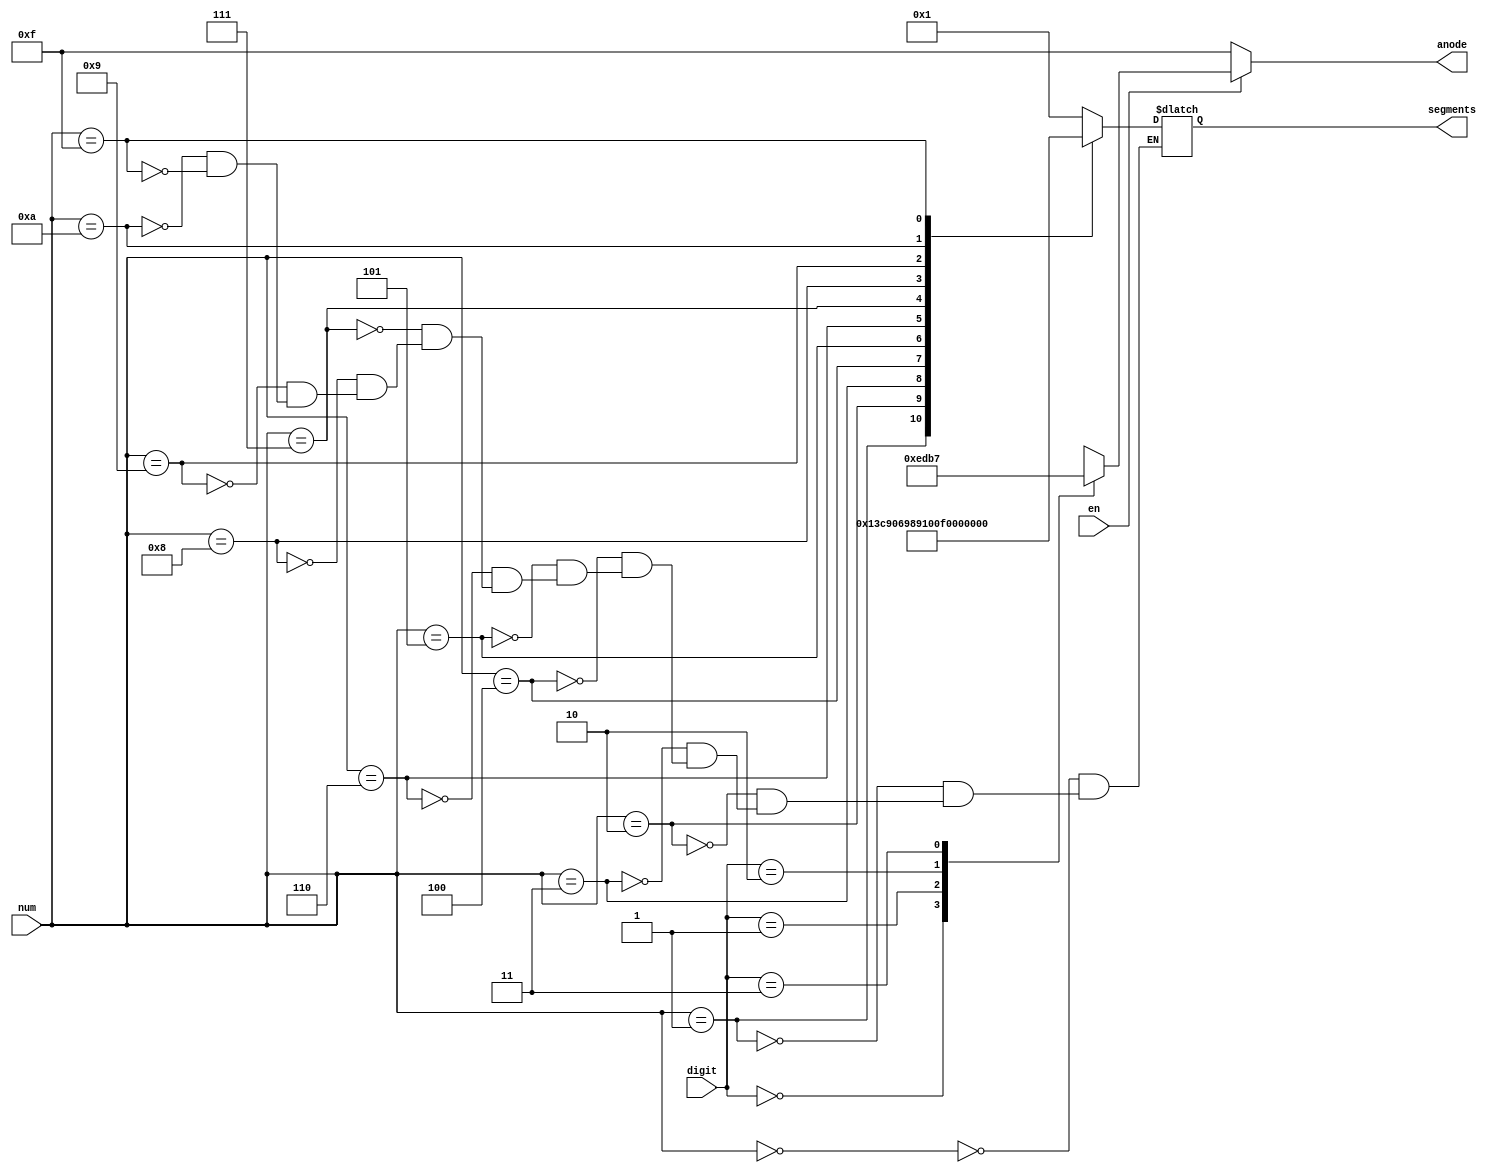
`timescale 1ns / 1ps

module SevenSegDecWithEn( en,num,digit, segments, anode);
input en;
input [3:0] num;
input [1:0] digit;
output reg [6:0] segments;
output reg [3:0] anode;
always @ (*) begin

if (en) begin
    case(digit)
        2'b00: anode = 4'b1110;
        2'b01: anode = 4'b1101;
        2'b10: anode = 4'b1011;
        2'b11: anode = 4'b0111;
    endcase

end else begin
    anode = 4'b1111;
end

case(num)
    4'b0000: segments = 7'b0000001;
    4'b0001: segments = 7'b1001111;
    4'b0010: segments = 7'b0010010;
    4'b0011: segments = 7'b0000110; 
    4'b0100: segments = 7'b1001100; 
    4'b0101: segments = 7'b0100100;
    4'b0110: segments = 7'b0100000;  
    4'b0111: segments = 7'b0001111; 
    4'b1000: segments = 7'b0000000; 
    4'b1001: segments = 7'b0000100;
    4'b1010: segments = 7'b1111111;
    4'b1111: segments = 7'b1111110;

    //default : segments = 7'b1111111;
endcase
end

endmodule